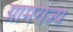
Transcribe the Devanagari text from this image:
ग्रामराज्य